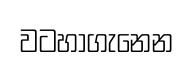
වටහාගැනෙන